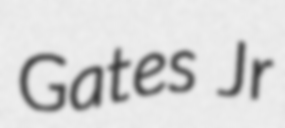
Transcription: Gates Jr